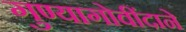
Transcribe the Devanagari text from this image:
गुण्यागोवींदाने